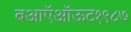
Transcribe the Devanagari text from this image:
बआऍऑऊट१९८७